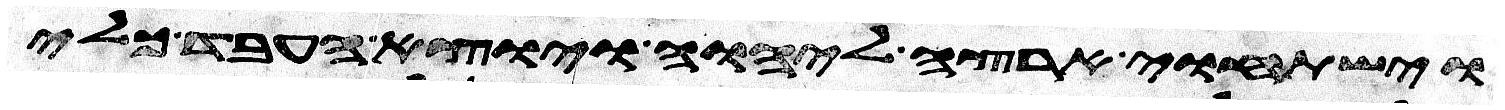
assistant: וישתחוי ארצה ליהוה ויוצא העבד כלי